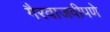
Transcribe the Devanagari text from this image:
गैरवाजवीपणे